DOW-UAP-D49, Launch Summary, Vandenberg AFB, 2000
Agency: Department of War
Incident date: 2/3/00
Page 45
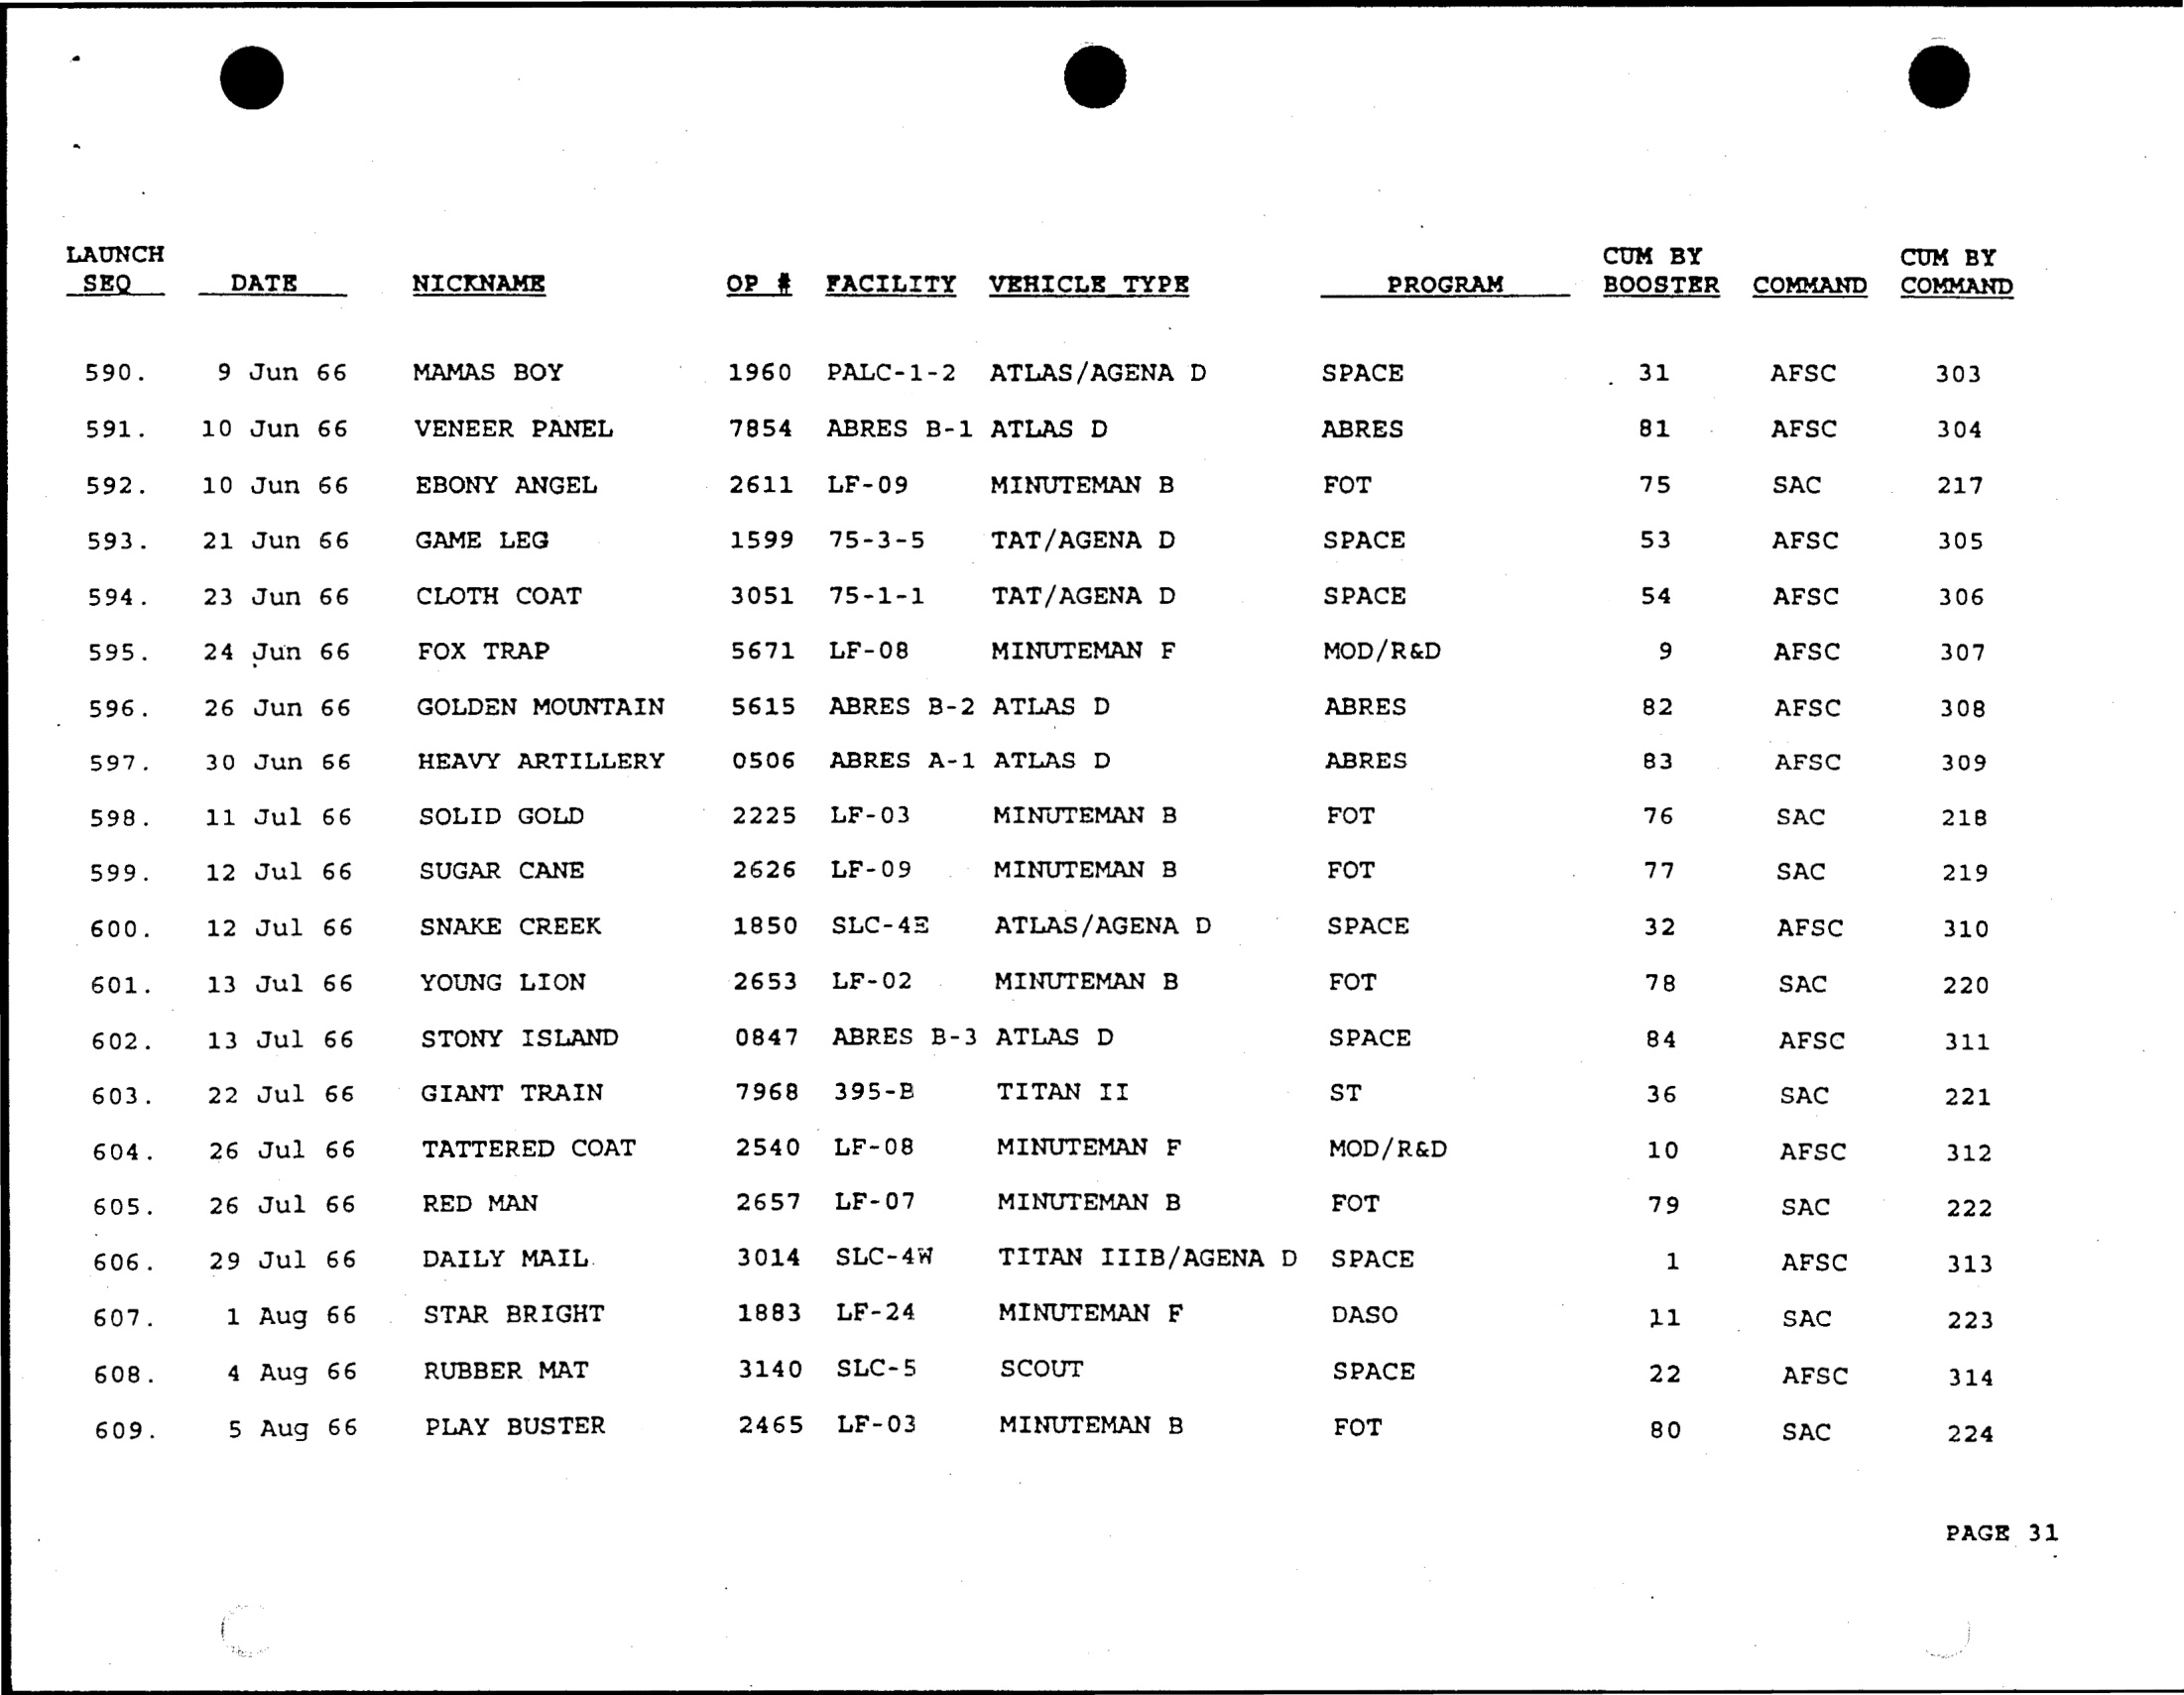